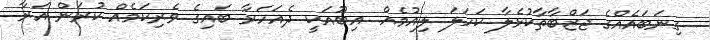
ގިނަބައެއްގެ ޖަޒްބާތާކުޅެލާ ކަހަލަ ލިއުމެއް. އިބޫއަކީ ދެއަހަރާ ބައިގެ ވެރިކަމެއް ކުރަން އަރާ